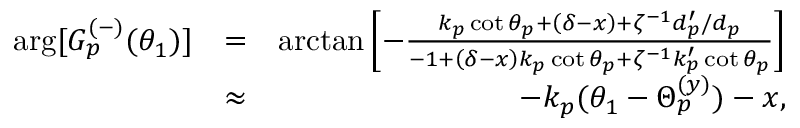
\begin{array} { r l r } { \arg [ G _ { p } ^ { ( - ) } ( \theta _ { 1 } ) ] } & { = } & { \arctan \left[ - \frac { k _ { p } \cot \theta _ { p } + \left( \delta - x \right) + \zeta ^ { - 1 } d _ { p } ^ { \prime } / d _ { p } } { - 1 + \left( \delta - x \right) k _ { p } \cot \theta _ { p } + \zeta ^ { - 1 } k _ { p } ^ { \prime } \cot \theta _ { p } } \right] } \\ & { \approx } & { - k _ { p } ( \theta _ { 1 } - \Theta _ { p } ^ { ( y ) } ) - x , } \end{array}